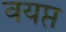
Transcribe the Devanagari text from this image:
वयप्त